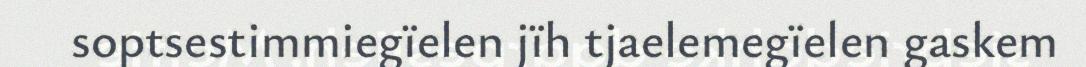
soptsestimmiegïelen jïh tjaelemegïelen gaskem